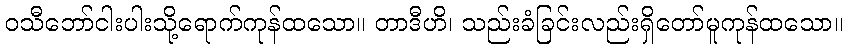
ဝသီဘော်ငါးပါးသို့ရောက်ကုန်ထသော။ တာဒီဟိ၊ သည်းခံခြင်းလည်းရှိတော်မူကုန်ထသော။